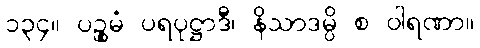
၁၃၄။ ပဉ္စမံ ပရပုဋ္ဌာဒီ၊ နိသာဒမ္ပိ စ ဝါရဏာ။